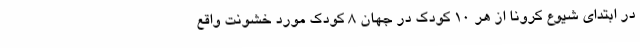
در ابتدای شیوع کرونا از هر 10 کودک در جهان 8 کودک مورد خشونت واقع